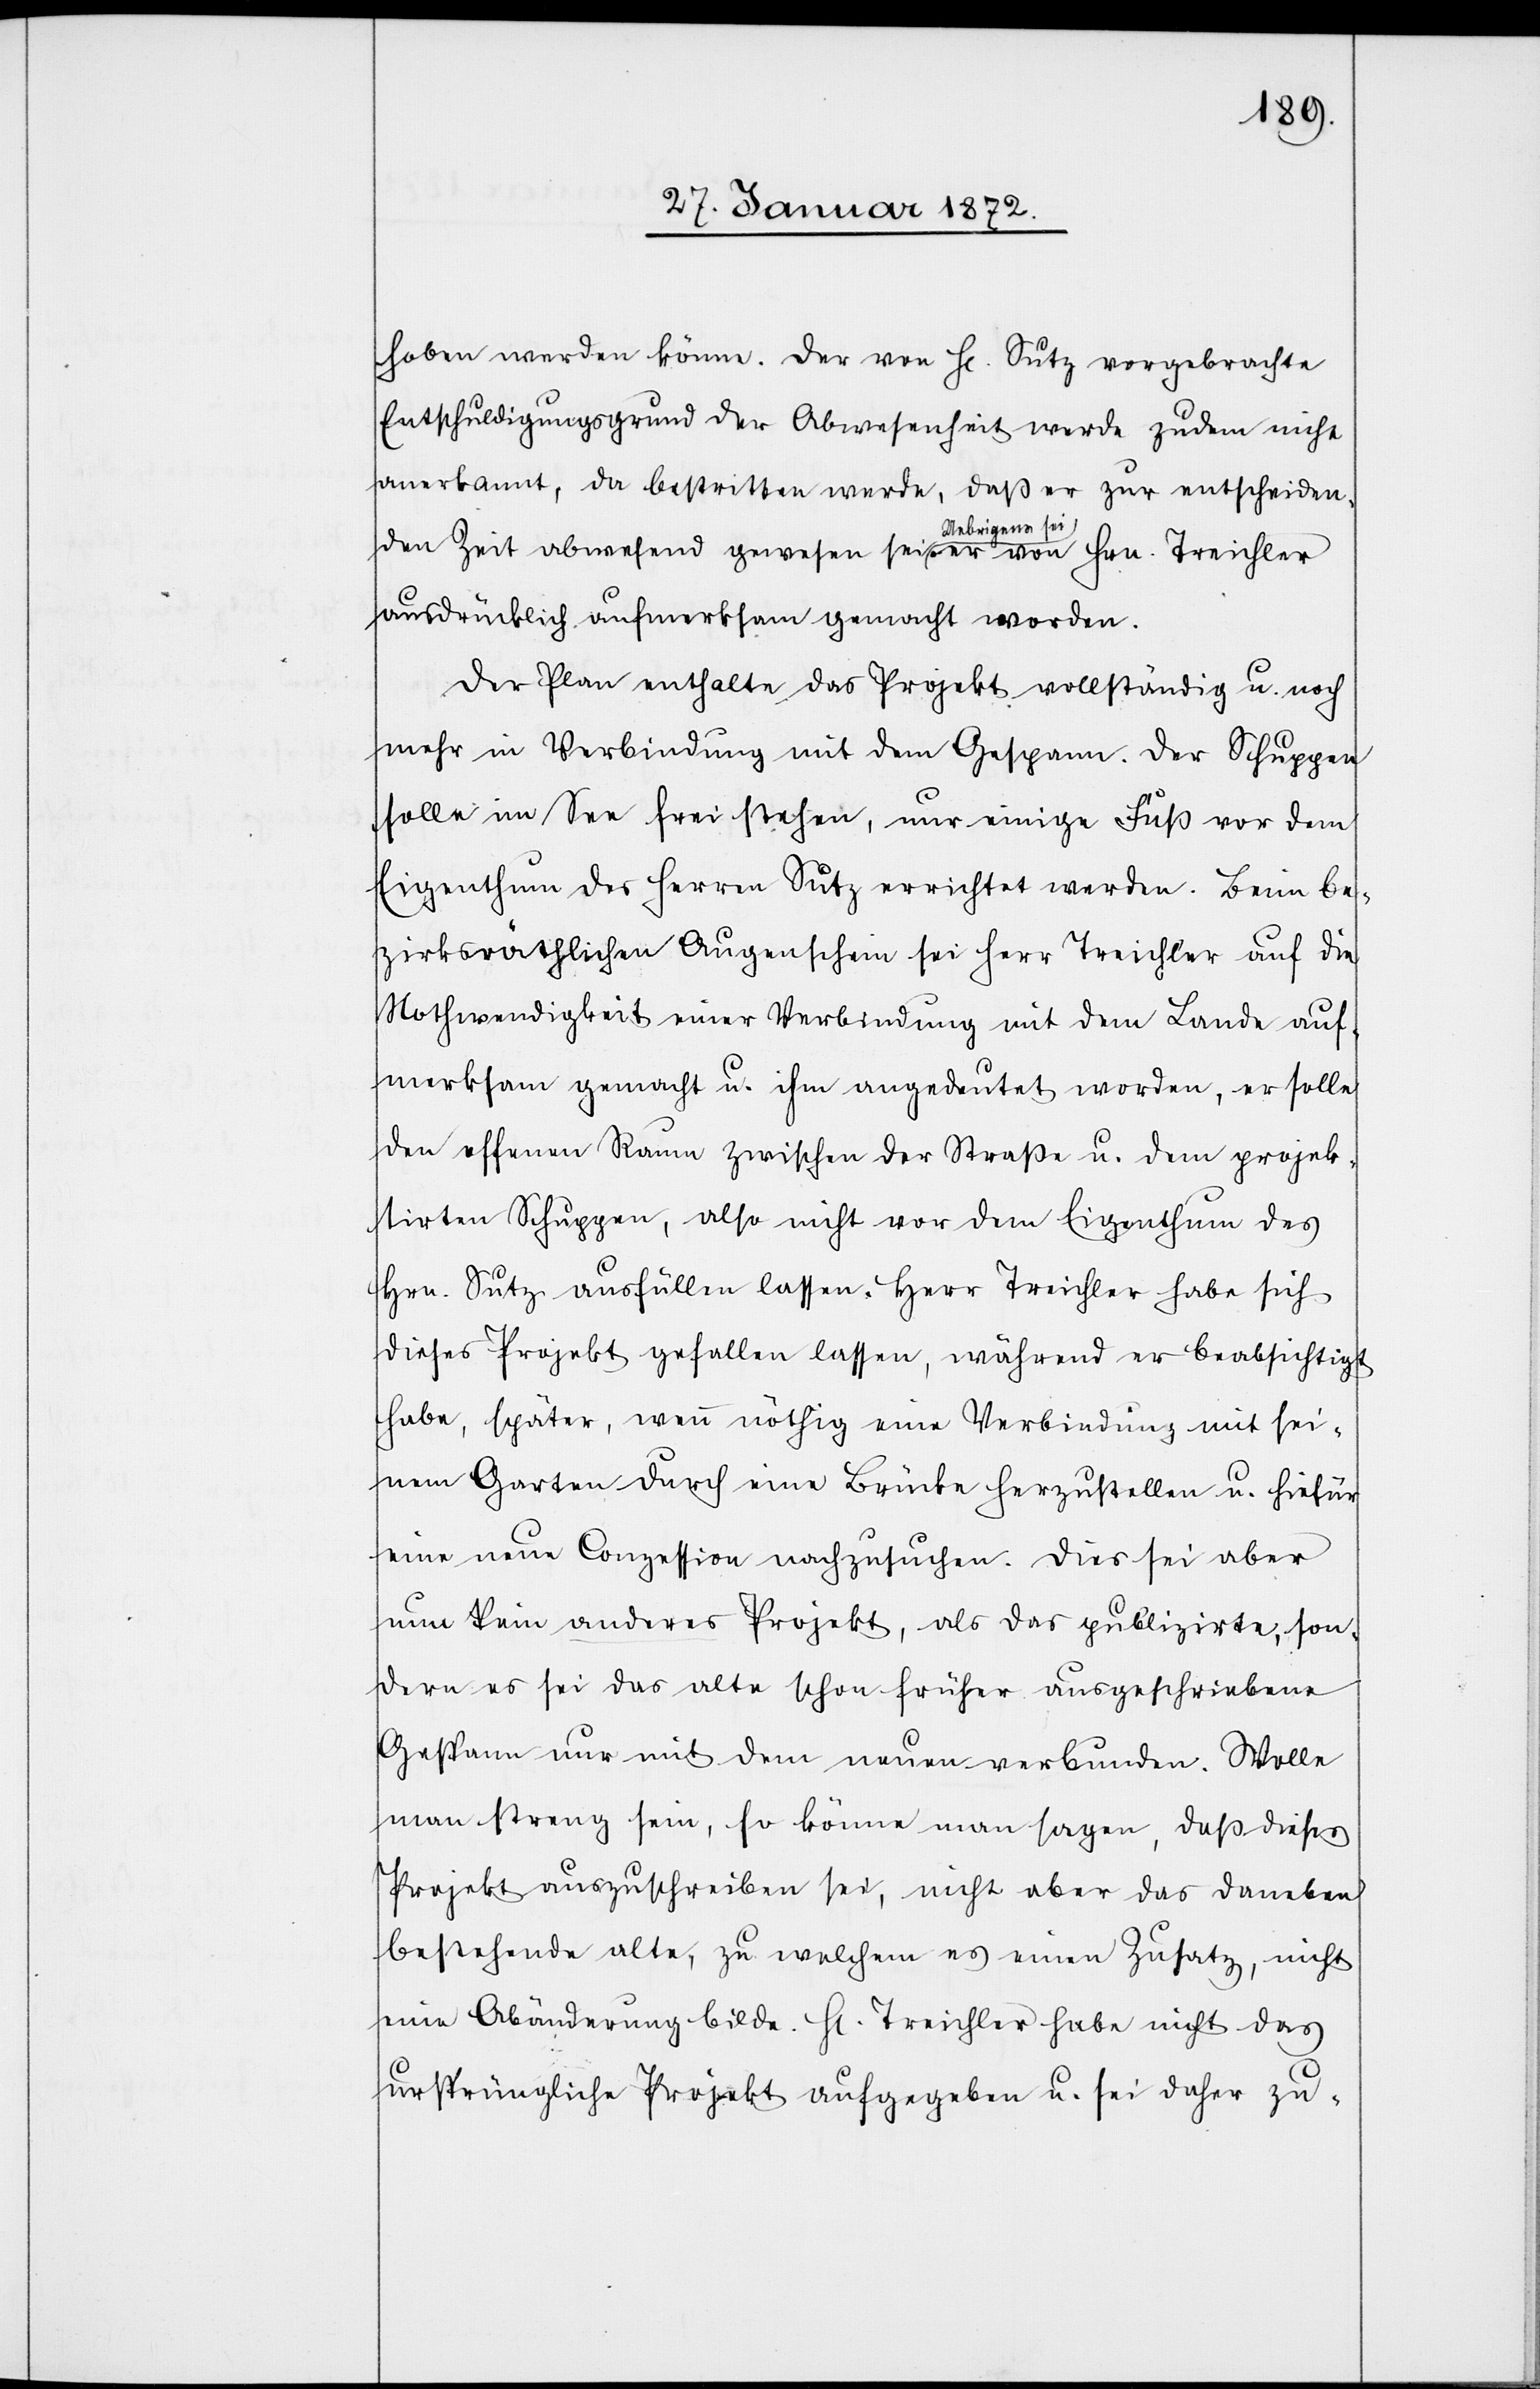
hoben werden könne [sic!]. Der von Hr. Sutz vorgebrachte
Entschuldigungsgrund der Abwesenheit werde zudem nicht
anerkannt, da bestritten werde, daß er zur entscheiden¬
den Zeit abwesend gewesen sei. Uebrigens sei der von Hrn. Treichler
ausdrücklich aufmerksam gemacht worden.
Der Plan enthalte das Projekt vollständig u. noch
mehr in Verbindung mit dem Gespann. Der Schuppen
solle im See frei stehen, nur einige Fuß vor dem
Eigenthum des Herren Sutz errichtet werden. Beim be¬
zirksräthlichen Augenschein sei Herr Treichler auf die
Nothwendigkeit einer Verbindung mit dem Lande auf¬
merksam gemacht u. ihm angedeutet worden, er solle
den offenen Raum zwischen der Straße u. dem projek¬
tirten Schuppen, also nicht vor dem Eigenthum des
Hrn. Sutz ausfüllen lassen. Herr Treichler habe sich
dieses Projekt gefallen lassen, während er beabsichtigt
habe, später, wenn nöthig eine Verbindung mit sei¬
nem Garten durch eine Brücke herzustellen u. hiefür
eine neue Conzession nachzusuchen. Dies sei aber
nun kein anderes Projekt, als das publizirte, son¬
dern es sei das alte schon früher ausgeschriebene
Gespann nur mit dem neuen verbunden. Wolle
man streng sein, so könne man sagen, daß dieses
Projekt auszuschreiben sei, nicht aber das daneben
bestehende alte, zu welchem es einen Zusatz, nicht
eine Abänderung bilde. Hr. Treichler habe nicht das
ursprüngliche Projekt aufgegeben u. sei daher zu-